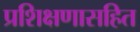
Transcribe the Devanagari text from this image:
प्रशिक्षणासहित